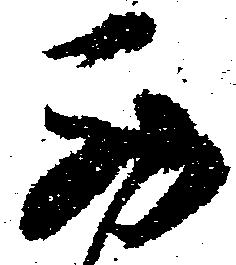
西